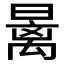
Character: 𰖩